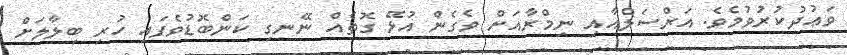
ވަޢުދުކުރުވުމެވެ. އަރްސަލްއާއި ނިމްރާއަށް ވެގެން އުޅޭ ގޮތެއް ނޭނގި ކަންބޮޑުވެފައި ހުރި ބިލާލަށް